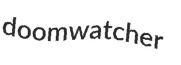
doomwatcher